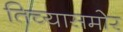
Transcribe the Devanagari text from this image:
तिच्यासमोर